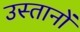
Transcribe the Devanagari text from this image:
उस्तानों